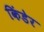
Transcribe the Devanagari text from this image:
किंडेर